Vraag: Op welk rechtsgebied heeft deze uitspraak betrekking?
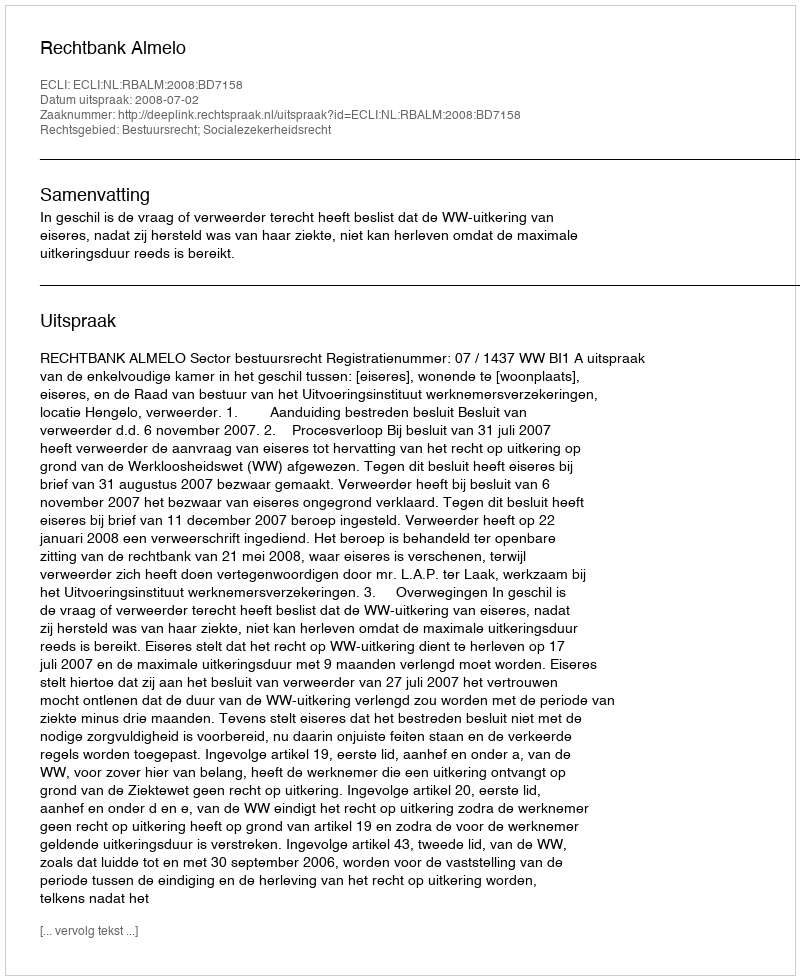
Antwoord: Bestuursrecht; Socialezekerheidsrecht